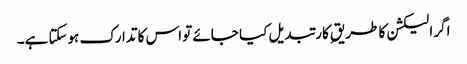
اگر الیکشن کا طریقِ کار تبدیل کیا جائے تو اس کا تدارک ہوسکتا ہے۔